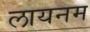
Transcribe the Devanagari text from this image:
लायनम